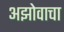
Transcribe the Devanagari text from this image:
अझोवाचा